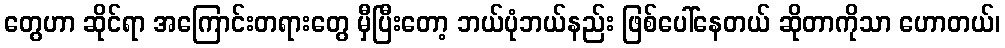
တွေဟာ ဆိုင်ရာ အကြောင်းတရားတွေ မှီပြီးတော့ ဘယ်ပုံဘယ်နည်း ဖြစ်ပေါ်နေတယ် ဆိုတာကိုသာ ဟောတယ်၊